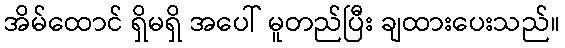
အိမ်ထောင် ရှိမရှိ အပေါ် မူတည်ပြီး ချထားပေးသည်။